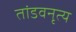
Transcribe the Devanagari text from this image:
तांडवनृत्य